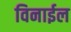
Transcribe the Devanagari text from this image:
विनाईल